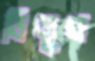
ডিজুজ